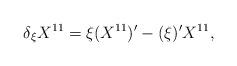
LaTeX: \begin{align*}\delta_\xi X^{1 1} = \xi (X^{1 1})' - (\xi)' X^{1 1},\end{align*}